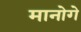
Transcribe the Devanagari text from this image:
मानोगे